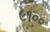
૯૧૦૦